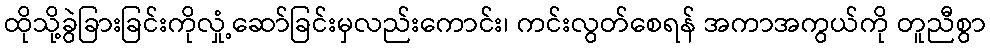
ထိုသို့ခွဲခြားခြင်းကိုလှုံ့ဆော်ခြင်းမှလည်းကောင်း၊ ကင်းလွတ်စေရန် အကာအကွယ်ကို တူညီစွာ